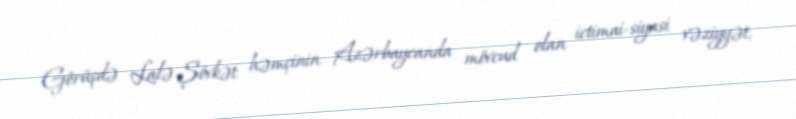
Görüşdə Lalə Şövkət həmçinin Azərbaycanda mövcud olan ictimai-siyasi vəziyyət,